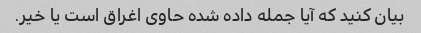
بیان کنید که آیا جمله داده شده حاوی اغراق است یا خیر.